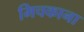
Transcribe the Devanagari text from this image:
मिचकाना